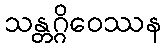
သန္တဂ္ဂိဝေဿန